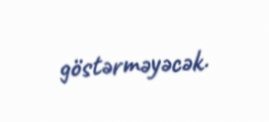
göstərməyəcək.